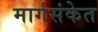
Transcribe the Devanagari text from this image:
मार्गसंकेत